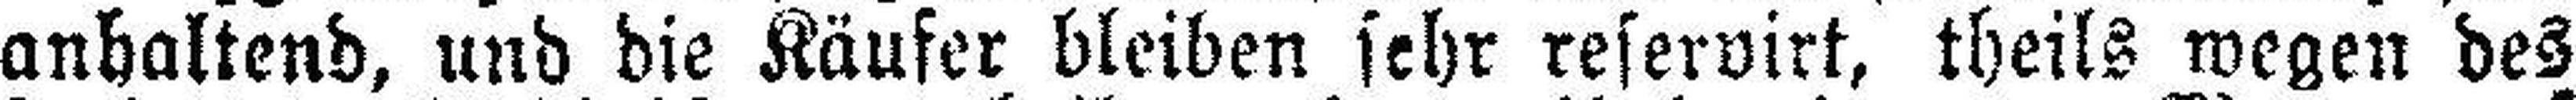
anhaltend, und die Käufer bleiben sehr reservirt, theils wegen des